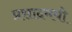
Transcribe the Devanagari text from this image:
प्रसादमयी